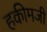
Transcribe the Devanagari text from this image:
हकीमजी